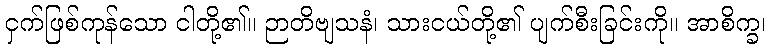
ငှက်ဖြစ်ကုန်သော ငါတို့၏။ ဉာတိဗျသနံ၊ သားငယ်တို့၏ ပျက်စီးခြင်းကို။ အာစိက္ခ၊